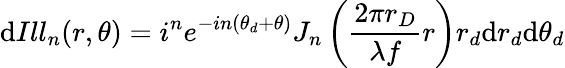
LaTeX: \mathrm{d}Ill_{n}(r,\theta)=i^{n}e^{-in(\theta_{d}+\theta)}J_{n}\left(\frac{2\pi r_{D}}{\lambda f}r\right)r_{d}\mathrm{d}r_{d}\mathrm{d}\theta_{d}